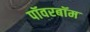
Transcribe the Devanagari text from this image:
पॉवरबॉम